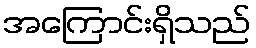
အကြောင်းရှိသည်